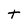
Character: t